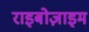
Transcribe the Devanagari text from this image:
राइबोज़ाइम